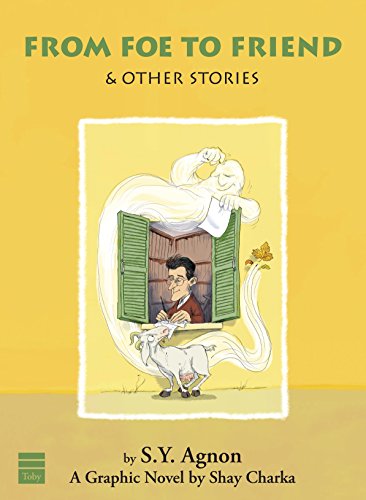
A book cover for From Foe to Friends & Other Stories: A Graphic Novel by Shay Charka; S.Y. Agnon; Comics & Graphic Novels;